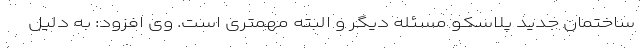
ساختمان جدید پلاسکو مسئله دیگر و البته مهمتری است. وی افزود: به دلیل